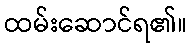
ထမ်းဆောင်ရ၏။